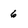
Character: 6